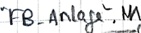
Text: "FB_Anlage".N1